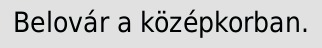
Belovár a középkorban.